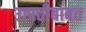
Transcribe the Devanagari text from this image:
उत्पत्तीबाबत